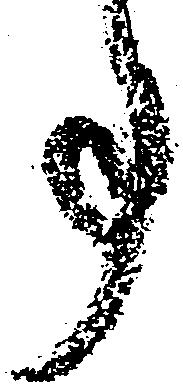
事